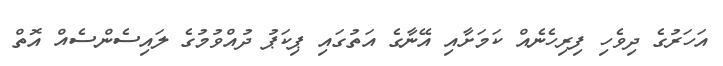
އަހަރުގެ ދިވެހި ފިރިހެނެއް ކަމަށާއި އޭނާގެ އަތުގައި ޕިކަޕު ދުއްވުމުގެ ލައިސެންސެއް އޮތް